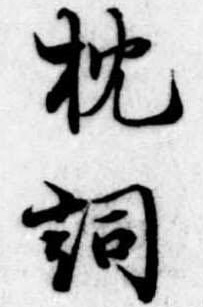
枕詞